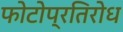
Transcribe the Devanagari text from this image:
फोटोप्रतिरोध